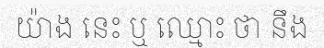
យ៉ាង នេះ ឬ ឈ្មោះ ថា នឹង